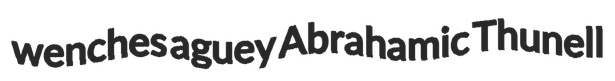
wenches aguey Abrahamic Thunell